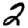
Digit: 2